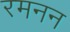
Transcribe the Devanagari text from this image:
रमनन